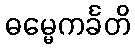
ဓမ္မေကင်္ခတိ